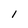
Character: l